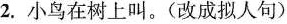
2.小鸟在树上叫。(改成拟人句)